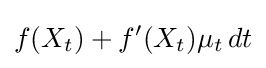
f(X_{t})+f'(X_{t})\mu _{t}\,dt